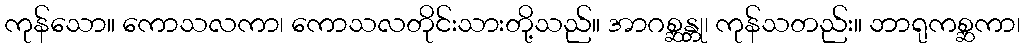
ကုန်သော။ ကောသလကာ၊ ကောသလတိုင်းသားတို့သည်။ အာဂစ္ဆန္တု၊ ကုန်သတည်း။ ဘာရုကစ္ဆကာ၊